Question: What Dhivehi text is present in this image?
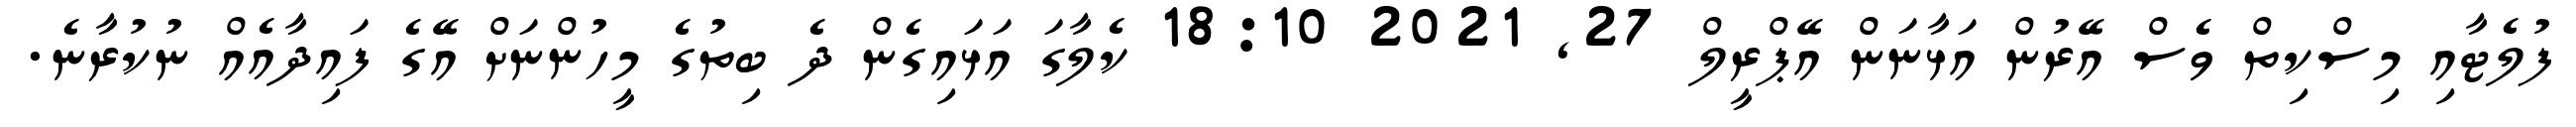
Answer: ފުލެޓާއި މިސްކިތް ވެސް އޭރުން އަޅާނަން އޭޕްރީލް 27, 2021 18:10 ކެލާގަ އަޅައިގެން ދެ ބިތުގެ މީހުންނަށް އޭގެ ފައިދާއެއް ނުކުރާނެ.